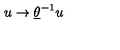
u \rightarrow \underline { { \theta } } ^ { - 1 } u